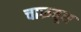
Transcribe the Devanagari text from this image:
चारूयूस